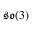
{ \mathfrak { s o } } ( 3 )